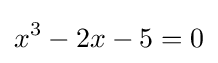
x^{3}-2x-5=0